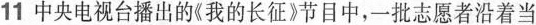
11中央电视台播出的《我的长征》节目中，一批志愿者沿着当